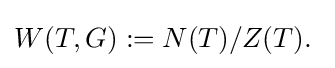
W(T,G):=N(T)/Z(T).\